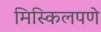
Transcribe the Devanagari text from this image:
मिस्किलपणे